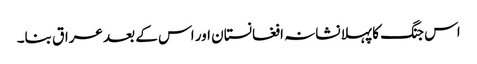
اس جنگ کا پہلا نشانہ افغانستان اور اس کے بعد عراق بنا۔